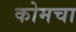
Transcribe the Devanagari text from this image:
कोमचा